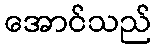
အောင်သည်